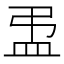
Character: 盄